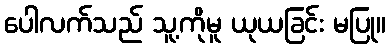
ပေါလက်သည် သူ့ကိုမူ ယုယခြင်း မပြု။